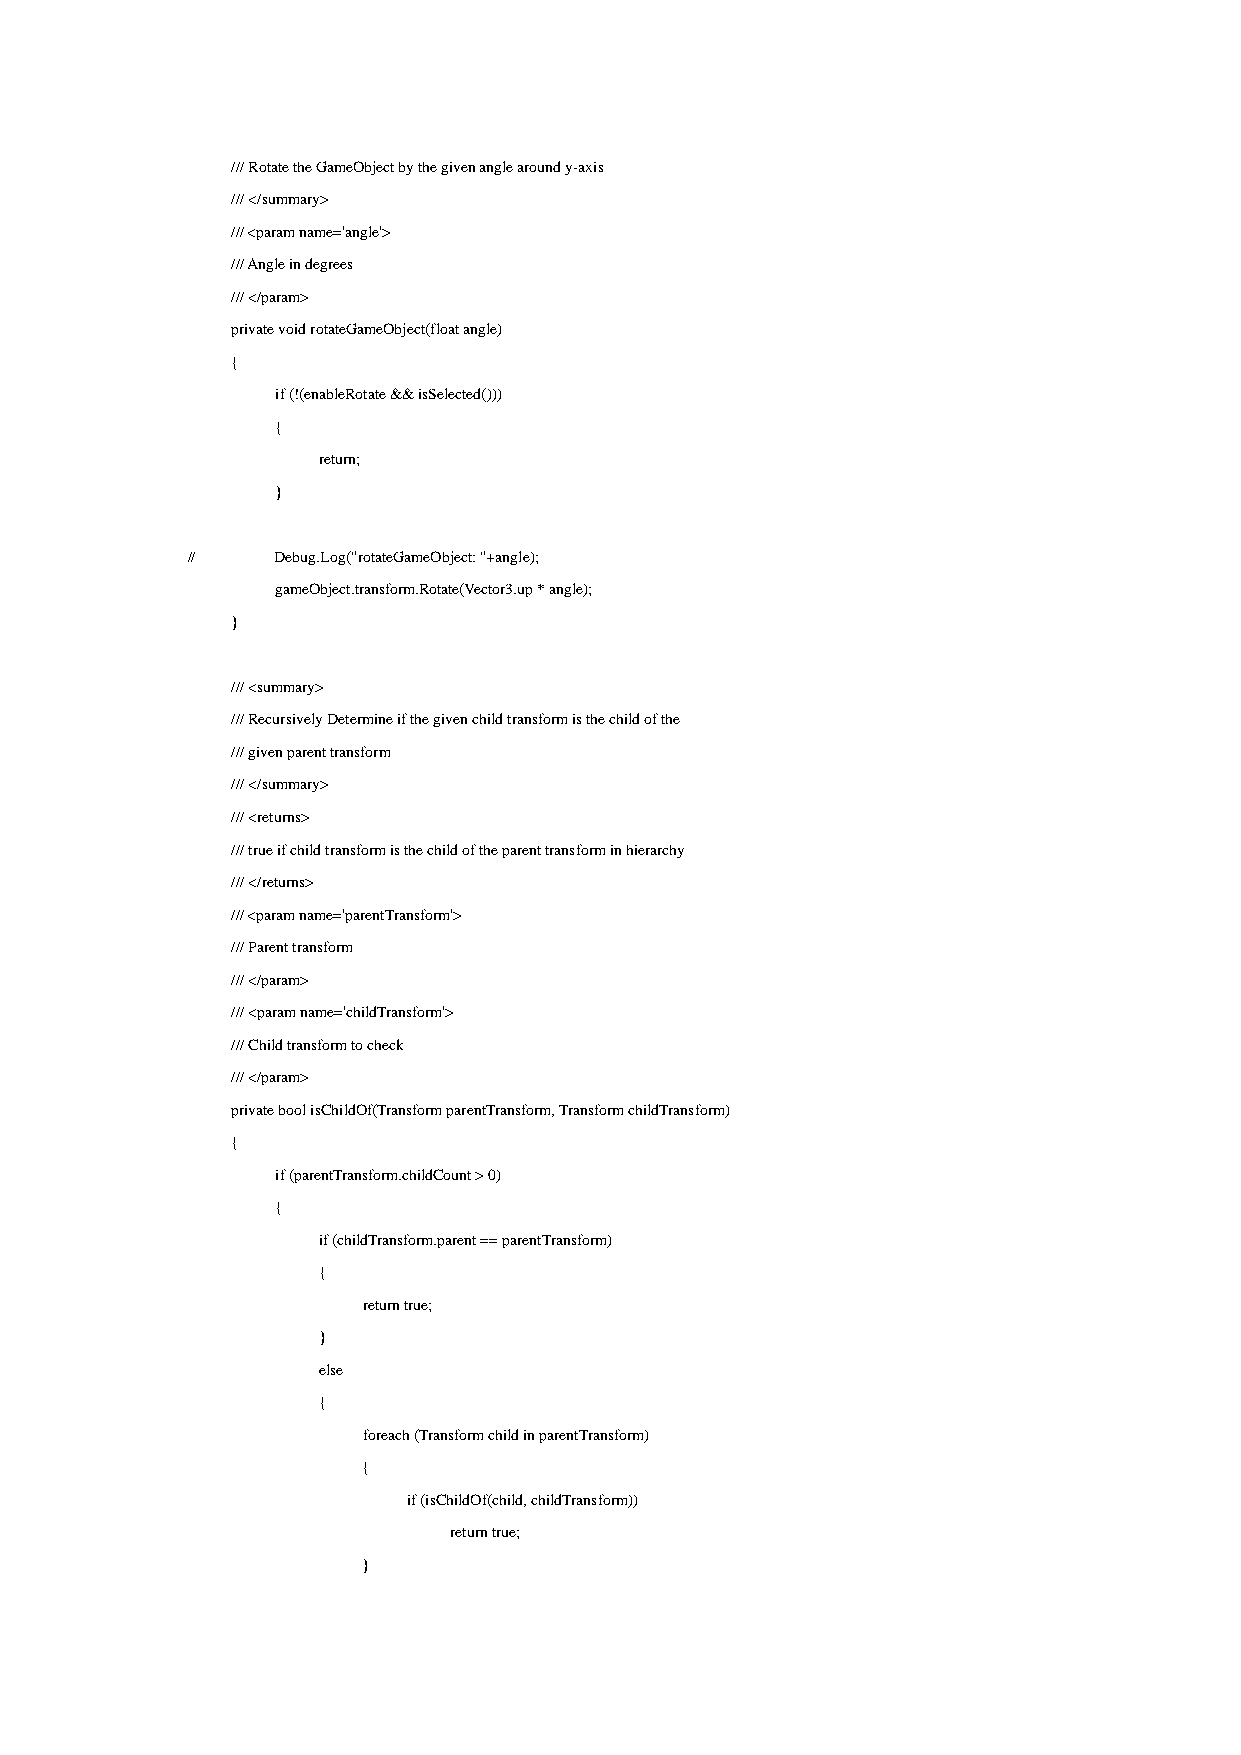
/// Rotate the GameObject by the given angle around y-axis
 /// </summary>
 /// <param name='angle'>
 /// Angle in degrees
 /// </param>
 private void rotateGameObject(float angle)
 {
 if (!(enableRotate && isSelected()))
 {
 return;
 }
 //    Debug.Log("rotateGameObject: "+angle);
 gameObject.transform.Rotate(Vector3.up * angle);
 }
 /// <summary>
 /// Recursively Determine if the given child transform is the child of the
 /// given parent transform
 /// </summary>
 /// <returns>
 /// true if child transform is the child of the parent transform in hierarchy
 /// </returns>
 /// <param name='parentTransform'>
 /// Parent transform
 /// </param>
 /// <param name='childTransform'>
 /// Child transform to check
 /// </param>
 private bool isChildOf(Transform parentTransform, Transform childTransform)
 {
 if (parentTransform.childCount > 0)
 {
 if (childTransform.parent == parentTransform)
 {
 return true;
 }
 else
 {
 foreach (Transform child in parentTransform)
 {
 if (isChildOf(child, childTransform))
 return true;
 }